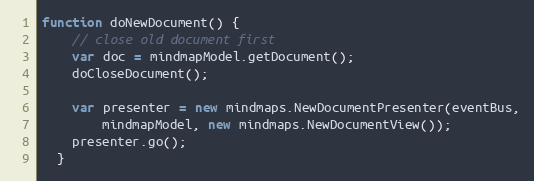
Language: JavaScript
function doNewDocument() {
    // close old document first
    var doc = mindmapModel.getDocument();
    doCloseDocument();

    var presenter = new mindmaps.NewDocumentPresenter(eventBus,
        mindmapModel, new mindmaps.NewDocumentView());
    presenter.go();
  }